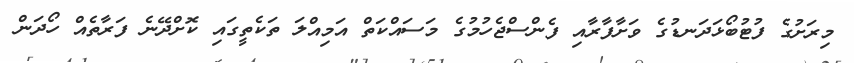
މިރަށުގެ ފުޓުބޯޅަދަނޑުގެ ވަށާފާރާއި ފެންސްޖެހުމުގެ މަސައްކަތް އަމިއްލަ ތަކެތީގައި ކޮށްދޭނެ ފަރާތެއް ހޯދަން